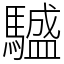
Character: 𩦝